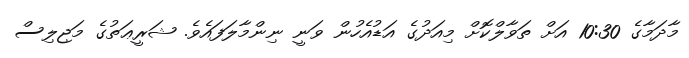
މާދަމާގެ 10:30 އަށް ތަވާލްކޮށް މިއަދުގެ އަޑުއެހުން ވަނީ ނިންމާލަފައެވެ. ޝަރީޢަތުގެ މަޖިލިސް